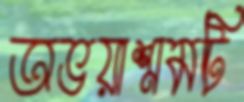
অভয়াশ্রমটি